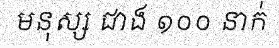
មនុស្ស ជាង ១០០ នាក់